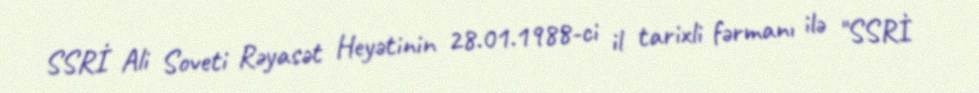
SSRİ Ali Soveti Rəyasət Heyətinin 28.01.1988-ci il tarixli fərmanı ilə "SSRİ